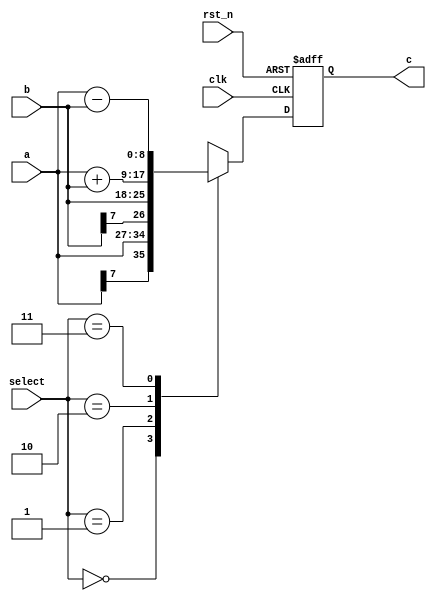
`timescale 1ns/1ns
module data_select(
	input clk,
	input rst_n,
	input signed[7:0]a,
	input signed[7:0]b,
	input [1:0]select,
	output reg signed [8:0]c
);

always@(posedge clk or negedge rst_n)begin
	if(!rst_n)c <= 0;
	else begin
		case(select)
			2'd0: c<=a;
			2'd1: c<=b;
			2'd2: c<=a+b;
			2'd3: c<=a-b;
		endcase
	end
end
endmodule